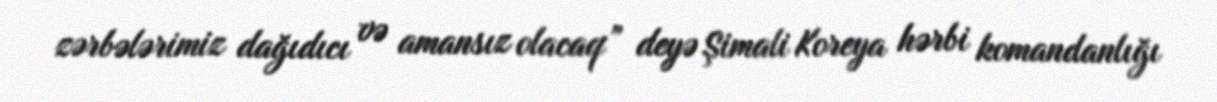
zərbələrimiz dağıdıcı və amansız olacaq” deyə Şimali Koreya hərbi komandanlığı